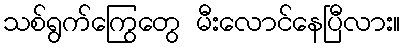
သစ်ရွက်ကြွေတွေ မီးလောင်နေပြီလား။